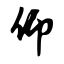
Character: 仰